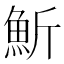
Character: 䰺